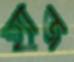
হ্যাজ